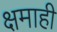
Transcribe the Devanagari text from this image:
क्षमाही